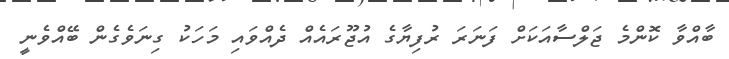
ބާއްވާ ކޮންމެ ޖަލްސާއަކަށް ފަނަރަ ރުފިޔާގެ އުޖޫރައެއް ދެއްވައި މަހަކު ގިނަވެގެން ބޭއްވެނީ